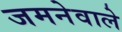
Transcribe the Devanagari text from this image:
जमनेवाले